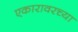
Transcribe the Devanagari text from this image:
एकारावरच्या